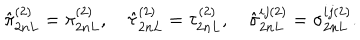
\hat { \pi } _ { 2 n L } ^ { ( 2 ) } = \pi _ { 2 n L } ^ { ( 2 ) } , \quad \hat { \tau } _ { 2 n L } ^ { ( 2 ) } = \tau _ { 2 n L } ^ { ( 2 ) } , \quad \hat { \sigma } _ { 2 n L } ^ { i j ( 2 ) } = \sigma _ { 2 n L } ^ { i j ( 2 ) } .